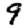
Digit: 9